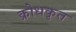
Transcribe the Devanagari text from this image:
क्रोधकृत